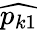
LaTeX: \widehat{p_{k1}}